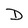
Character: D